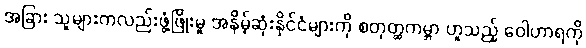
အခြား သူများကလည်းဖွံ့ဖြိုးမှု အနိမ့်ဆုံးနိုင်ငံများကို စတုတ္ထကမ္ဘာ ဟူသည့် ဝေါဟာရကို